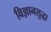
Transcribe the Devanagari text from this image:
विज्ञानसुद्धा